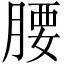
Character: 腰